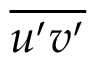
\overline { { u ^ { \prime } v ^ { \prime } } }